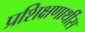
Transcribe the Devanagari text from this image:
प्रशिक्षणार्थीस